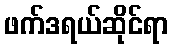
ဖက်ဒရယ်ဆိုင်ရာ